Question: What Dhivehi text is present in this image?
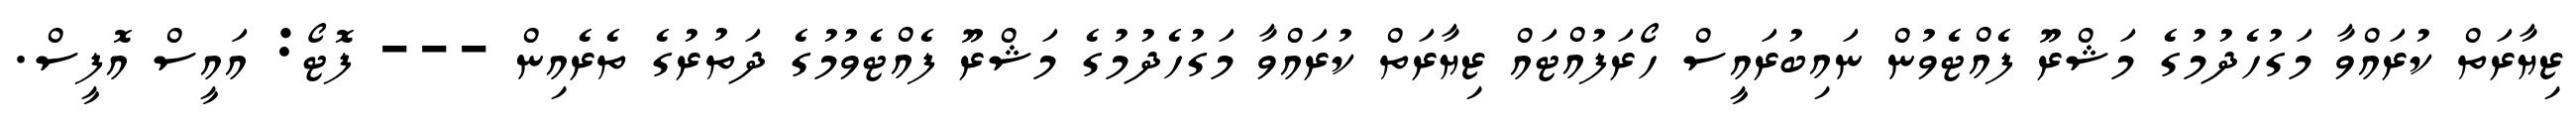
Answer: ޒިޔާރަތް ކުރައްވާ މަގުހެދުމުގެ މަޝްރޫ ފެއްޓެވުން ނައިބުރައީސް ހޯރަފުއްޓައް ޒިޔާރަތް ކުރައްވާ މަގުހެދުމުގެ މަޝްރޫ ފެއްޓެވުމުގެ ދަތުރުގެ ތެރެއިން --- ފޮޓޯ: އައީސް އޮފީސް.